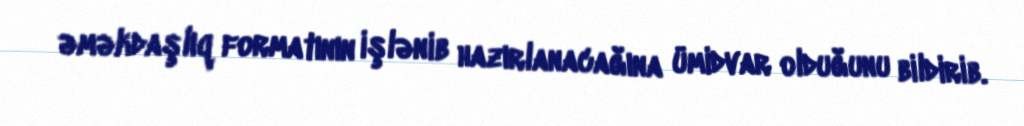
əməkdaşlıq formatının işlənib hazırlanacağına ümidvar olduğunu bildirib.